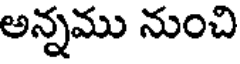
అన్నము నుంచి